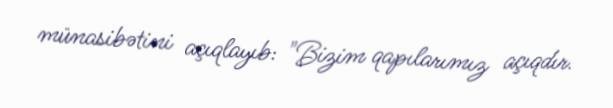
münasibətini açıqlayıb: "Bizim qapılarımız açıqdır.